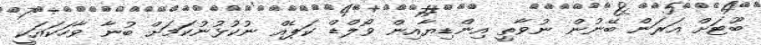
ބޫޓަށް އަރަން ބޭނުން ނުވާތީ އިންޑިޔާއިން ވޯލްޑް ކަޕެއް ނުކުޅުނުކަމަށް ބުނާ ވާހަކައަކީ